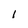
Character: l